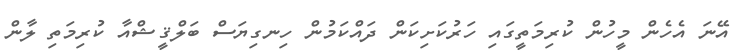
އޭނަ އެހެން މީހުން ކުރިމަތީގައި ހަރުކަށިކަން ދައްކަމުން ހިނގިޔަސް ބަލްޤީޝްއާ ކުރިމަތި ލާން